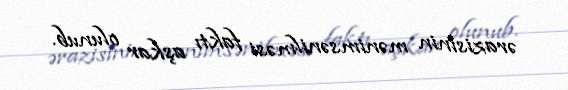
ərazisinin mənimsənilməsi faktı aşkar olunub.